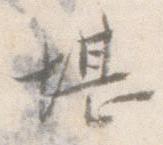
堪